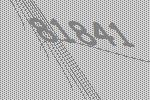
81841